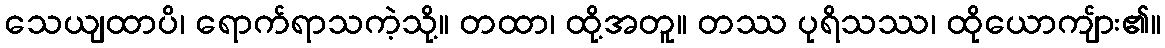
သေယျထာပိ၊ ရောက်ရာသကဲ့သို့။ တထာ၊ ထို့အတူ။ တဿ ပုရိသဿ၊ ထိုယောကျ်ား၏။